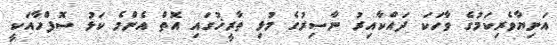
އަނިޔާވެރިކަމުގެ ވާހަކަ ދައްކާއިރު ނާސިރުގެ މުޅި ތާރީޚުގައި އޮތް އެންމެ ކަޅު ސޮފްހާއަކީ